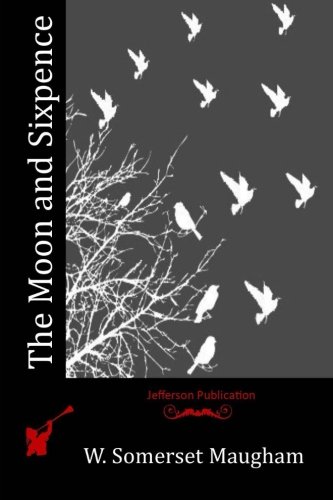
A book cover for The Moon and Sixpence; W. Somerset Maugham; Literature & Fiction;